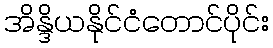
အိန္ဒိယနိုင်ငံတောင်ပိုင်း